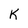
Character: K